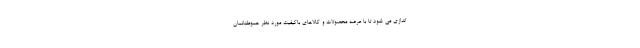
اندازی می شود تا با عرضه محصولات و کالاهای باکیفیت مورد نظر هموطنانمان